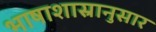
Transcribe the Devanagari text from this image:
भाषाशास्रानुसार